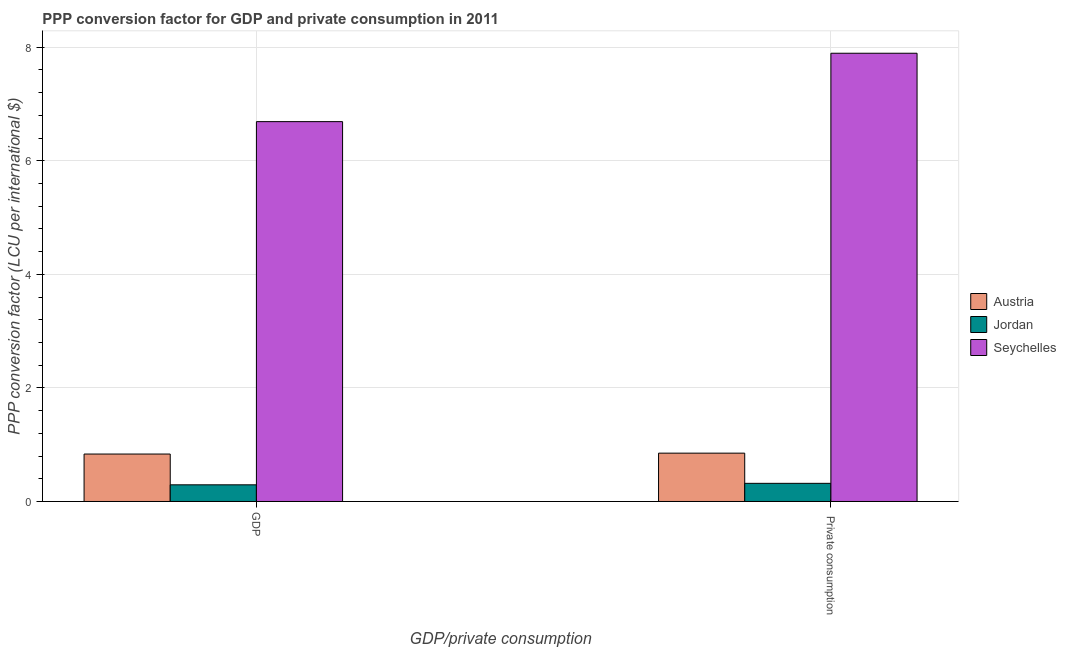
| GDP/private consumption | Austria | Jordan | Seychelles |
 | --- | --- | --- | --- |
 | GDP | 0.835 | 0.293 | 6.69 |
 |  Private consumption | 0.851 | 0.319 | 7.9 |